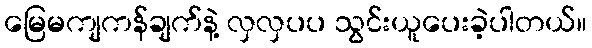
မြေမကျကန်ချက်နဲ့ လှလှပပ သွင်းယူပေးခဲ့ပါတယ်။